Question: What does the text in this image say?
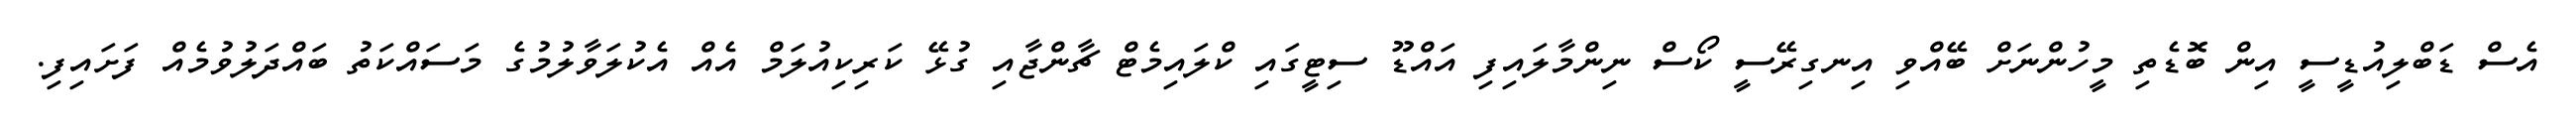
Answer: އެސް ޑަބްލިއުޑީސީ އިން ބޮޑެތި މީހުންނަށް ބޭއްވި އިނގިރޭސީ ކޯސް ނިންމާލައިފި އައްޑޫ ސިޓީގައި ކްލައިމެޓް ޗާންޖާއި ގުޅޭ ކަރިކިއުލަމް އެއް އެކުލަވާލުމުގެ މަސައްކަތު ބައްދަލުވުމެއް ފަށައިފި.